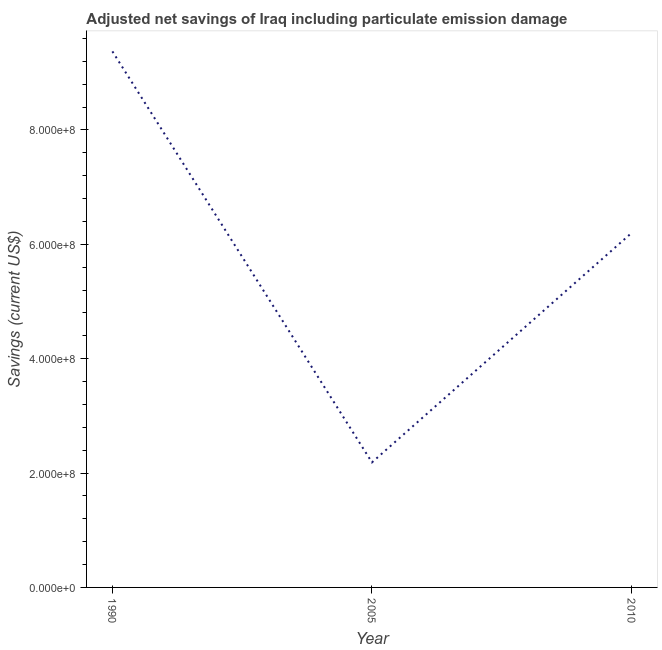
| Year | Adjusted savings: particulate emission damage (current US$) |
 | --- | --- |
 | 1990 | 9.38e+08 |
 | 2005 | 2.19e+08 |
 | 2010 | 6.2e+08 |